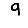
Digit: 9